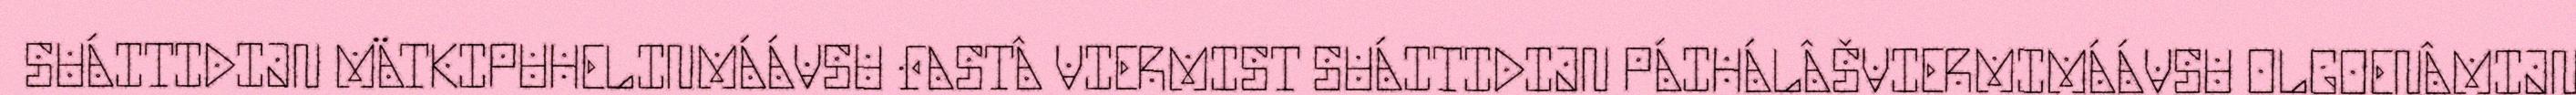
SUÁITIDIJN MÄTKIPUHELINMÁÁVSU FASTÂ VIERMIST SUÁITIDIJN PÁIHÁLÂŠVIERMIMÁÁVSU OLGOENÂMIJN